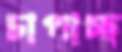
চাপাচ্ছ